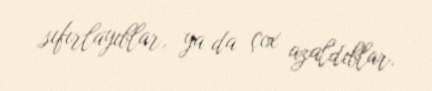
sıfırlayıblar, ya da çox azaldıblar.